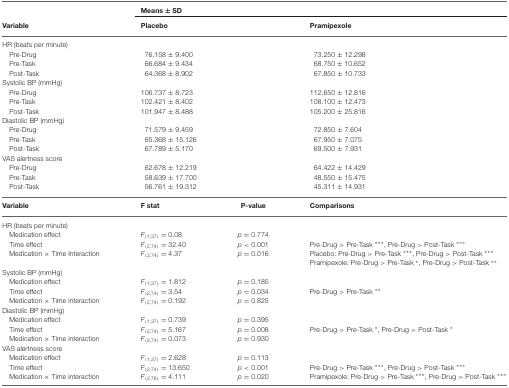
<table><thead><tr><td></td><td><b>Means ± SD</b></td></tr><tr><td><b>Variable</b></td><td><b>Placebo</b></td><td></td><td><b>Pramipexole</b></td></tr></thead><tbody><tr><td>HR (beats per minute)</td><td></td><td></td></tr><tr><td>Pre-Drug</td><td> 76.158 ± 9.400</td><td></td><td> 73.250 ± 12.298</td></tr><tr><td>Pre-Task</td><td> 66.684 ± 9.434</td><td></td><td> 68.750 ± 10.652</td></tr><tr><td>Post-Task</td><td> 64.368 ± 8.902</td><td></td><td> 67.850 ± 10.733</td></tr><tr><td>Systolic BP (mmHg)</td><td></td><td></td></tr><tr><td>Pre-Drug</td><td>106.737 ± 8.723</td><td></td><td>112.650 ± 12.816</td></tr><tr><td>Pre-Task</td><td>102.421 ± 8.402</td><td></td><td>108.100 ± 12.473</td></tr><tr><td>Post-Task</td><td>101.947 ± 8.488</td><td></td><td>105.200 ± 25.816</td></tr><tr><td>Diastolic BP (mmHg)</td><td></td><td></td></tr><tr><td>Pre-Drug</td><td> 71.579 ± 9.459</td><td></td><td> 72.850 ± 7.604</td></tr><tr><td>Pre-Task</td><td> 65.368 ± 15.126</td><td></td><td> 67.950 ± 7.075</td></tr><tr><td>Post-Task</td><td> 67.789 ± 5.170</td><td></td><td> 69.500 ± 7.931</td></tr><tr><td>VAS alertness score</td><td></td><td></td></tr><tr><td>Pre-Drug</td><td> 62.678 ± 12.219</td><td></td><td> 64.422 ± 14.429</td></tr><tr><td>Pre-Task</td><td> 58.639 ± 17.700</td><td></td><td> 48.550 ± 15.475</td></tr><tr><td>Post-Task</td><td> 56.761 ± 19.312</td><td></td><td> 45.311 ± 14.931</td></tr><tr><td><b>Variable</b></td><td><b><i>F</i> stat</b></td><td><b><i>P</i>-value</b></td><td><b>Comparisons</b></td></tr><tr><td>HR (beats per minute)</td><td></td><td></td><td></td></tr><tr><td>Medication effect</td><td><i>F</i><sub>(1,37)</sub> = 0.08</td><td><i>p</i> = 0.774</td><td></td></tr><tr><td>Time effect</td><td><i>F</i><sub>(2,74)</sub> = 32.40</td><td><i>p</i> &lt; 0.001</td><td>Pre-Drug &gt; Pre-Task ***, Pre-Drug &gt; Post-Task ***</td></tr><tr><td>Medication × Time Interaction</td><td><i>F</i><sub>(2,74)</sub> = 4.37</td><td><i>p</i> = 0.016</td><td>Placebo: Pre-Drug &gt; Pre-Task ***, Pre-Drug &gt; Post-Task ***</td></tr><tr><td></td><td></td><td></td><td>Pramipexole: Pre-Drug &gt; Pre-Task *, Pre-Drug &gt; Post-Task **</td></tr><tr><td>Systolic BP (mmHg)</td><td></td><td></td><td></td></tr><tr><td>Medication effect</td><td><i>F</i><sub>(1,37)</sub> = 1.812</td><td><i>p</i> = 0.185</td><td></td></tr><tr><td>Time effect</td><td><i>F</i><sub>(2,74)</sub> = 3.54</td><td><i>p</i> = 0.034</td><td>Pre-Drug &gt; Pre-Task **</td></tr><tr><td>Medication × Time interaction</td><td><i>F</i><sub>(2,74)</sub> = 0.192</td><td><i>p</i> = 0.825</td><td></td></tr><tr><td>Diastolic BP (mmHg)</td><td></td><td></td><td></td></tr><tr><td>Medication effect</td><td><i>F</i><sub>(1,37)</sub> = 0.739</td><td><i>p</i> = 0.395</td><td></td></tr><tr><td>Time effect</td><td><i>F</i><sub>(2,74)</sub> = 5.167</td><td><i>p</i> = 0.008</td><td>Pre-Drug &gt; Pre-Task *, Pre-Drug &gt; Post-Task *</td></tr><tr><td>Medication × Time interaction</td><td><i>F</i><sub>(2,74)</sub> = 0.073</td><td><i>p</i> = 0.930</td><td></td></tr><tr><td>VAS alertness score</td><td></td><td></td><td></td></tr><tr><td>Medication effect</td><td><i>F</i><sub>(1,37)</sub> = 2.628</td><td><i>p</i> = 0.113</td><td></td></tr><tr><td>Time effect</td><td><i>F</i><sub>(2,74)</sub> = 13.650</td><td><i>p</i> &lt; 0.001</td><td>Pre-Drug &gt; Pre-Task ***, Pre-Drug &gt; Post-Task ***</td></tr><tr><td>Medication × Time interaction</td><td><i>F</i><sub>(2,76)</sub> = 4.111</td><td><i>p</i> = 0.020</td><td>Pramipexole: Pre-Drug &gt; Pre-Task ***, Pre-Drug &gt; Post-Task ***</td></tr></tbody></table>